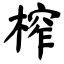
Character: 榨